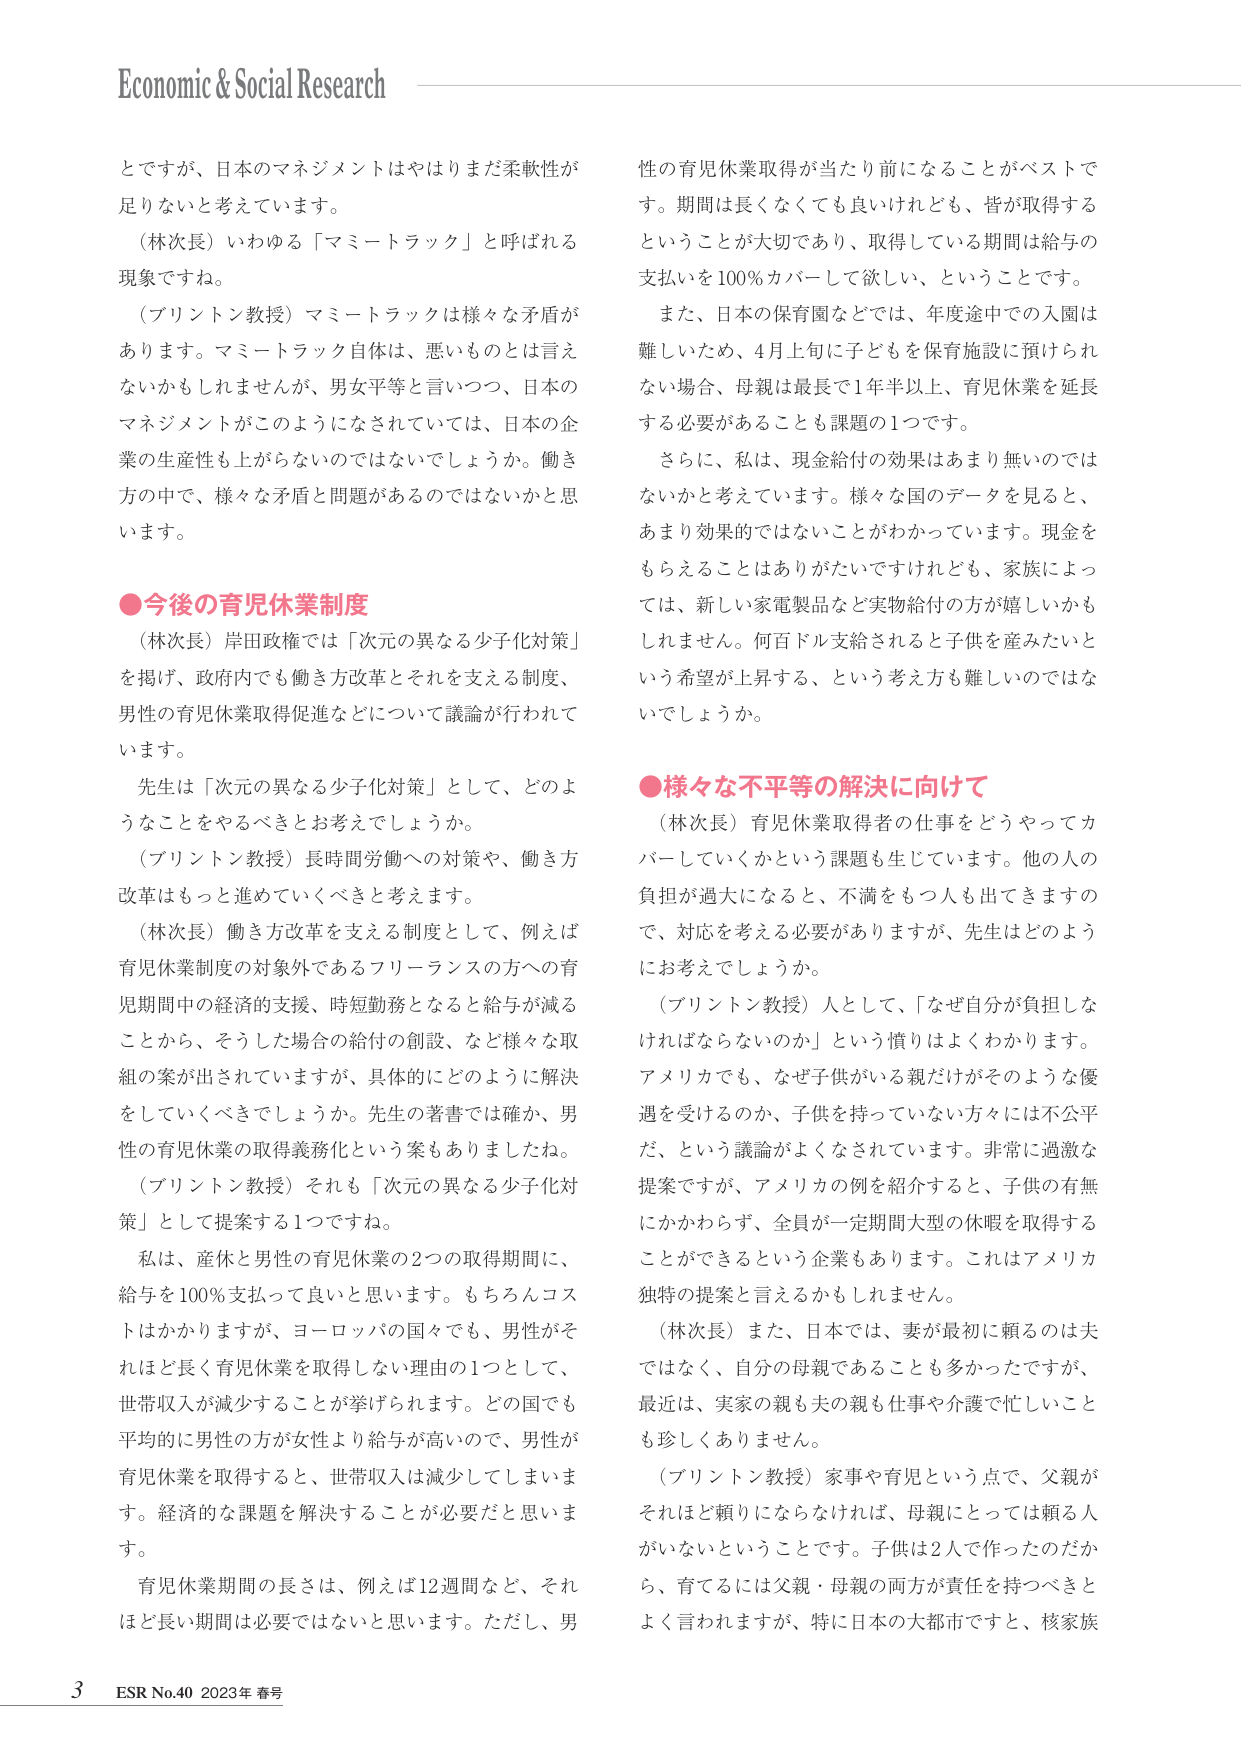
Economic & Social Research

とですが、日本のマネジメントはやはりまだ柔軟性が足りないと考えています。
（林次長）いわゆる「マミートラック」と呼ばれる現象ですね。
（プリントン教授）マミートラックは様々な矛盾があります。マミートラック自体は、悪いものとは言えないかもしれませんが、男女平等と言いつつ、日本のマネジメントがこのようになされていては、日本の企業の生産性も上がらないのではないでしょうか。働き方の中で、様々な矛盾と問題があるのではないかと思います。

●今後の育児休業制度
（林次長）岸田政権では「次元の異なる少子化対策」を掲げ、政府内でも働き方改革とそれを支える制度、男性の育児休業取得促進などについて議論が行われています。
先生は「次元の異なる少子化対策」として、どのようなことをやるべきとお考えでしょうか。
（プリントン教授）長時間労働への対策や、働き方改革はもっと進めていくべきと考えます。
（林次長）働き方改革を支える制度として、例えば育児休業制度の対象外であるフリーランスの方への育児期間中の経済的支援、時短勤務となると給与が減ることから、そうした場合の給付の創設、など様々な取組の案が出されていますが、具体的にどのように解決をしていくべきでしょうか。先生の著書では確か、男性の育児休業の取得義務化という案もありましたね。
（プリントン教授）それも「次元の異なる少子化対策」として提案する1つですね。
私は、産休と男性の育児休業の2つの取得期間に、給与を100％支払って良いと思います。もちろんコストはかかりますが、ヨーロッパの国々でも、男性がそれほど長く育児休業を取得しない理由の1つとして、世帯収入が減少することが挙げられます。どの国でも平均的に男性の方が女性より給与が高いので、男性が育児休業を取得すると、世帯収入は減少してしまいます。経済的な課題を解決することが必要だと思います。
育児休業期間の長さは、例えば12週間など、それほど長い期間は必要ではないと思います。ただし、男性の育児休業取得が当たり前になることがベストです。期間は長くなくても良いけれども、皆が取得するということが大切であり、取得している期間は給与の支払いを100％カバーして欲しい、ということです。
また、日本の保育園などでは、年度途中での入園は難しいため、4月上旬に子どもを保育施設に預けられない場合、母親は最長で1年半以上、育児休業を延長する必要があることも課題の1つです。
さらに、私は、現金給付の効果はあまり無いのではないかと考えています。様々な国のデータを見ると、あまり効果的ではないことがわかっています。現金をもらえることはありがたいですけれども、家族によっては、新しい家電製品など実物給付の方が嬉しいかもしれません。何百ドル支給されると子供を産みたいという希望が上昇する、という考え方も難しいのではないでしょうか。

●様々な不平等の解決に向けて
（林次長）育児休業取得者の仕事をどうやってカバーしていくかという課題も生じています。他の人の負担が過大になると、不満をもつ人も出てきますので、対応を考える必要がありますが、先生はどのようにお考えでしょうか。
（プリントン教授）人として、「なぜ自分が負担しなければならないのか」という憤りはよくわかります。アメリカでも、なぜ子供がいる親だけがそのような優遇を受けるのか、子供を持っていない方々には不公平だ、という議論がよくなされています。非常に過激な提案ですが、アメリカの例を紹介すると、子供の有無にかかわらず、全員が一定期間大型の休暇を取得することができるという企業もあります。これはアメリカ独特の提案と言えるかもしれません。
（林次長）また、日本では、妻が最初に頼るのは夫ではなく、自分の母親であることも多かったですが、最近は、実家の親も夫の親も仕事や介護で忙しいことも珍しくありません。
（プリントン教授）家事や育児という点で、父親がそれほど頼りにならなければ、母親にとっては頼れる人がいないということです。子供は2人で作ったのだから、育てるには父親・母親の両方が責任を持つべきとよく言われますが、特に日本の大都市ですと、核家族

3 ESR No.40 2023年 春号